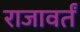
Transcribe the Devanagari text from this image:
राजावर्तं